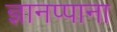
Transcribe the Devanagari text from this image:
ज्ञानप्पाना